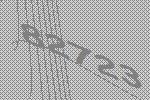
82723